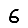
Digit: 6